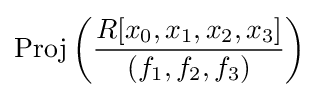
{\text{Proj}}\left({\frac {R[x_{0},x_{1},x_{2},x_{3}]}{(f_{1},f_{2},f_{3})}}\right)